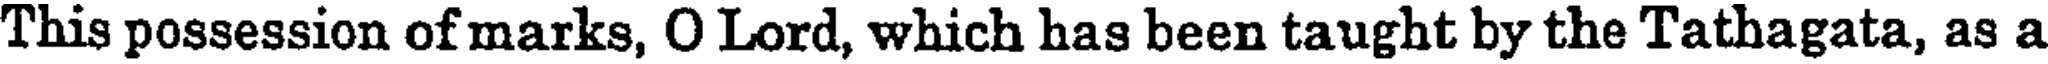
This possession of marks, O Lord, which has been taught by the Tathagata, as a